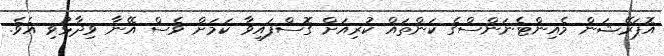
އޮޕަރޭޝަން މެއިންޓެނަންސްގެ ކަންތައް ކުރިއަށް ގޮސްފައިވާ ކަމަށް ވެސް އޭނާ ވިދާޅުވި އެވެ.